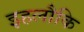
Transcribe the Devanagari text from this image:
इहलौकि